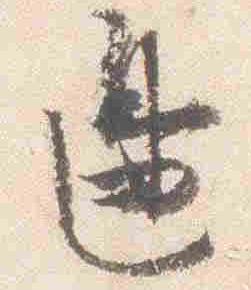
辺